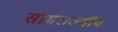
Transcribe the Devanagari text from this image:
साम्रराज्यीय